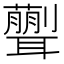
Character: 𦗿